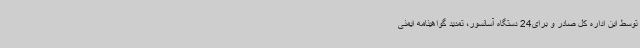
توسط این اداره کل صادر و برای24 دستگاه آسانسور، تمدید گواهینامه ایمنی